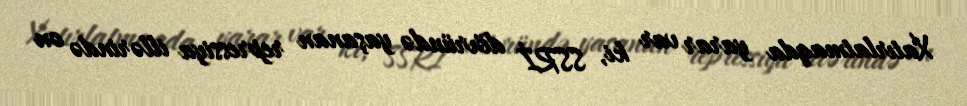
Xatırlatmaqda yarar var ki, SSRİ dövründə yaşanan repressiya illərində on